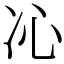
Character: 𠖶